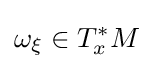
\omega _{\xi }\in T_{x}^{*}M